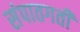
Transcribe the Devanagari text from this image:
संपातगती